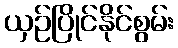
ယှဉ်ပြိုင်နိုင်စွမ်း